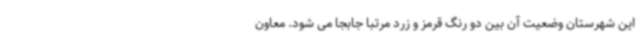
این شهرستان وضعیت آن بین دو رنگ قرمز و زرد مرتبا جابجا می شود. معاون